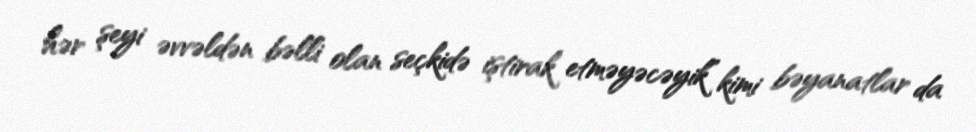
hər şeyi əvvəldən bəlli olan seçkidə iştirak etməyəcəyik” kimi bəyanatlar da